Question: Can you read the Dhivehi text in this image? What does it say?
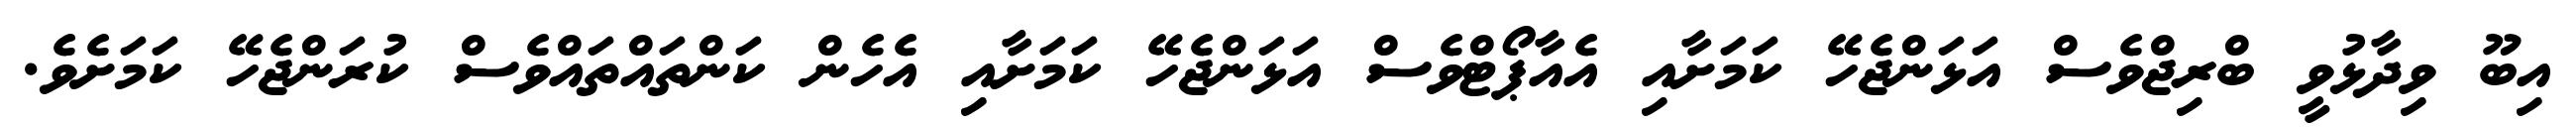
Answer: އިބޫ ވިދާޅުވީ ބްރިޖްވެސް އަޅަންޖެހޭ ކަމަށާއި އެއާޕޯޓްވެސް އަޅަންޖެހޭ ކަމަށާއި އެހެން ކަންތައްތައްވެސް ކުރަންޖެހޭ ކަމަށެވެ.